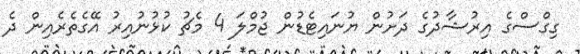
ގިގްސްގެ އިރުޝާދުގެ ދަށުން ޔުނައިޓެޑުން ޖުމްލަ 4 މެޗު ކުޅުނުއިރު އޭގެތެރެއިން ދެ